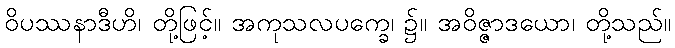
ဝိပဿနာဒီဟိ၊ တို့ဖြင့်။ အကုသလပက္ခေ၊ ၌။ အဝိဇ္ဇာဒယော၊ တို့သည်။